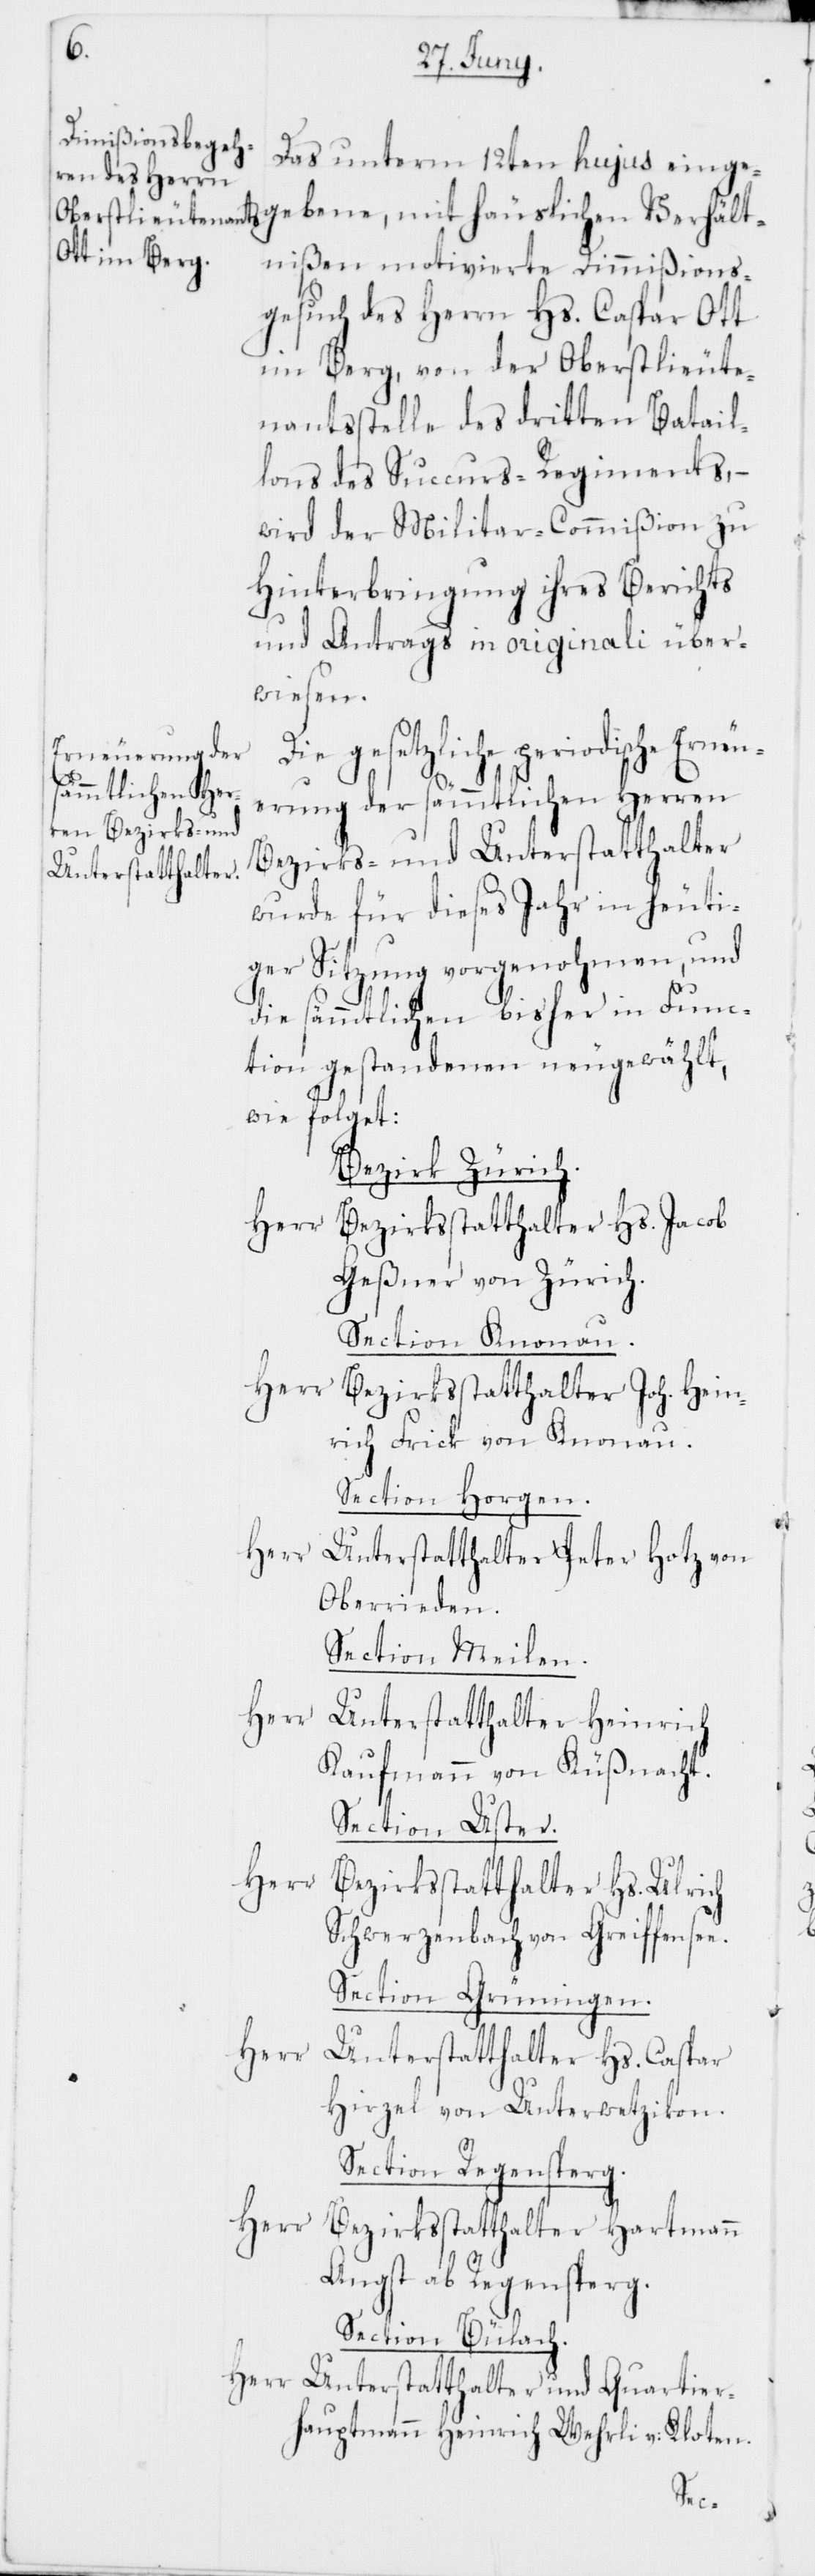
Das unterm 12ten hujus einge¬
gebene, mit häuslichen Verhält¬
nißen motivierte Dimißions¬
gesuch des Herrn Hs. Caspar Ott
im Berg, von der Oberstlieute¬
nantsstelle des dritten Batail¬
lons des Succurs-Regiments, –
wird der Militar-Commißion zu
Hinterbringung ihres Berichts
und Antrags in originali über¬
wiesen.
Die gesetzliche periodische Erneu¬
erung der sämmtlichen Herren
Bezirks- und Unterstatthalter
wurde für dieses Jahr in heuti¬
ger Sitzung vorgenohmen, und
die sämmtlichen bisher in Func¬
tion gestandenen neugewählt,
wie folget:
Bezirk Zürich.
Herr Bezirksstatthalter Hs. Jacob
Geßner von Zürich.
Section Knonau.
Herr Bezirksstatthalter Joh. Hein¬
rich Frick von Knonau.
Section Horgen.
Herr Unterstatthalter Peter Hotz von
Oberrieden.
Section Meilen.
Herr Unterstatthalter Heinrich
Kaufmann von Küßnacht.
Section Uster.
Herr
Bezirksstatthalter Hs. Ulrich
Schwerzenbach von Greifensee.
Section Grüningen.
Herr
Unterstatthalter Hs. Caspar
Hirzel von Unterwetzikon.
Section Regensberg.
Herr Bezirksstatthalter Hartmann
Angst ab Regensberg.
Section Bülach.
Herr Unterstatthalter und Quartier¬
hauptmann Heinrich Wehrli v: Kloten.